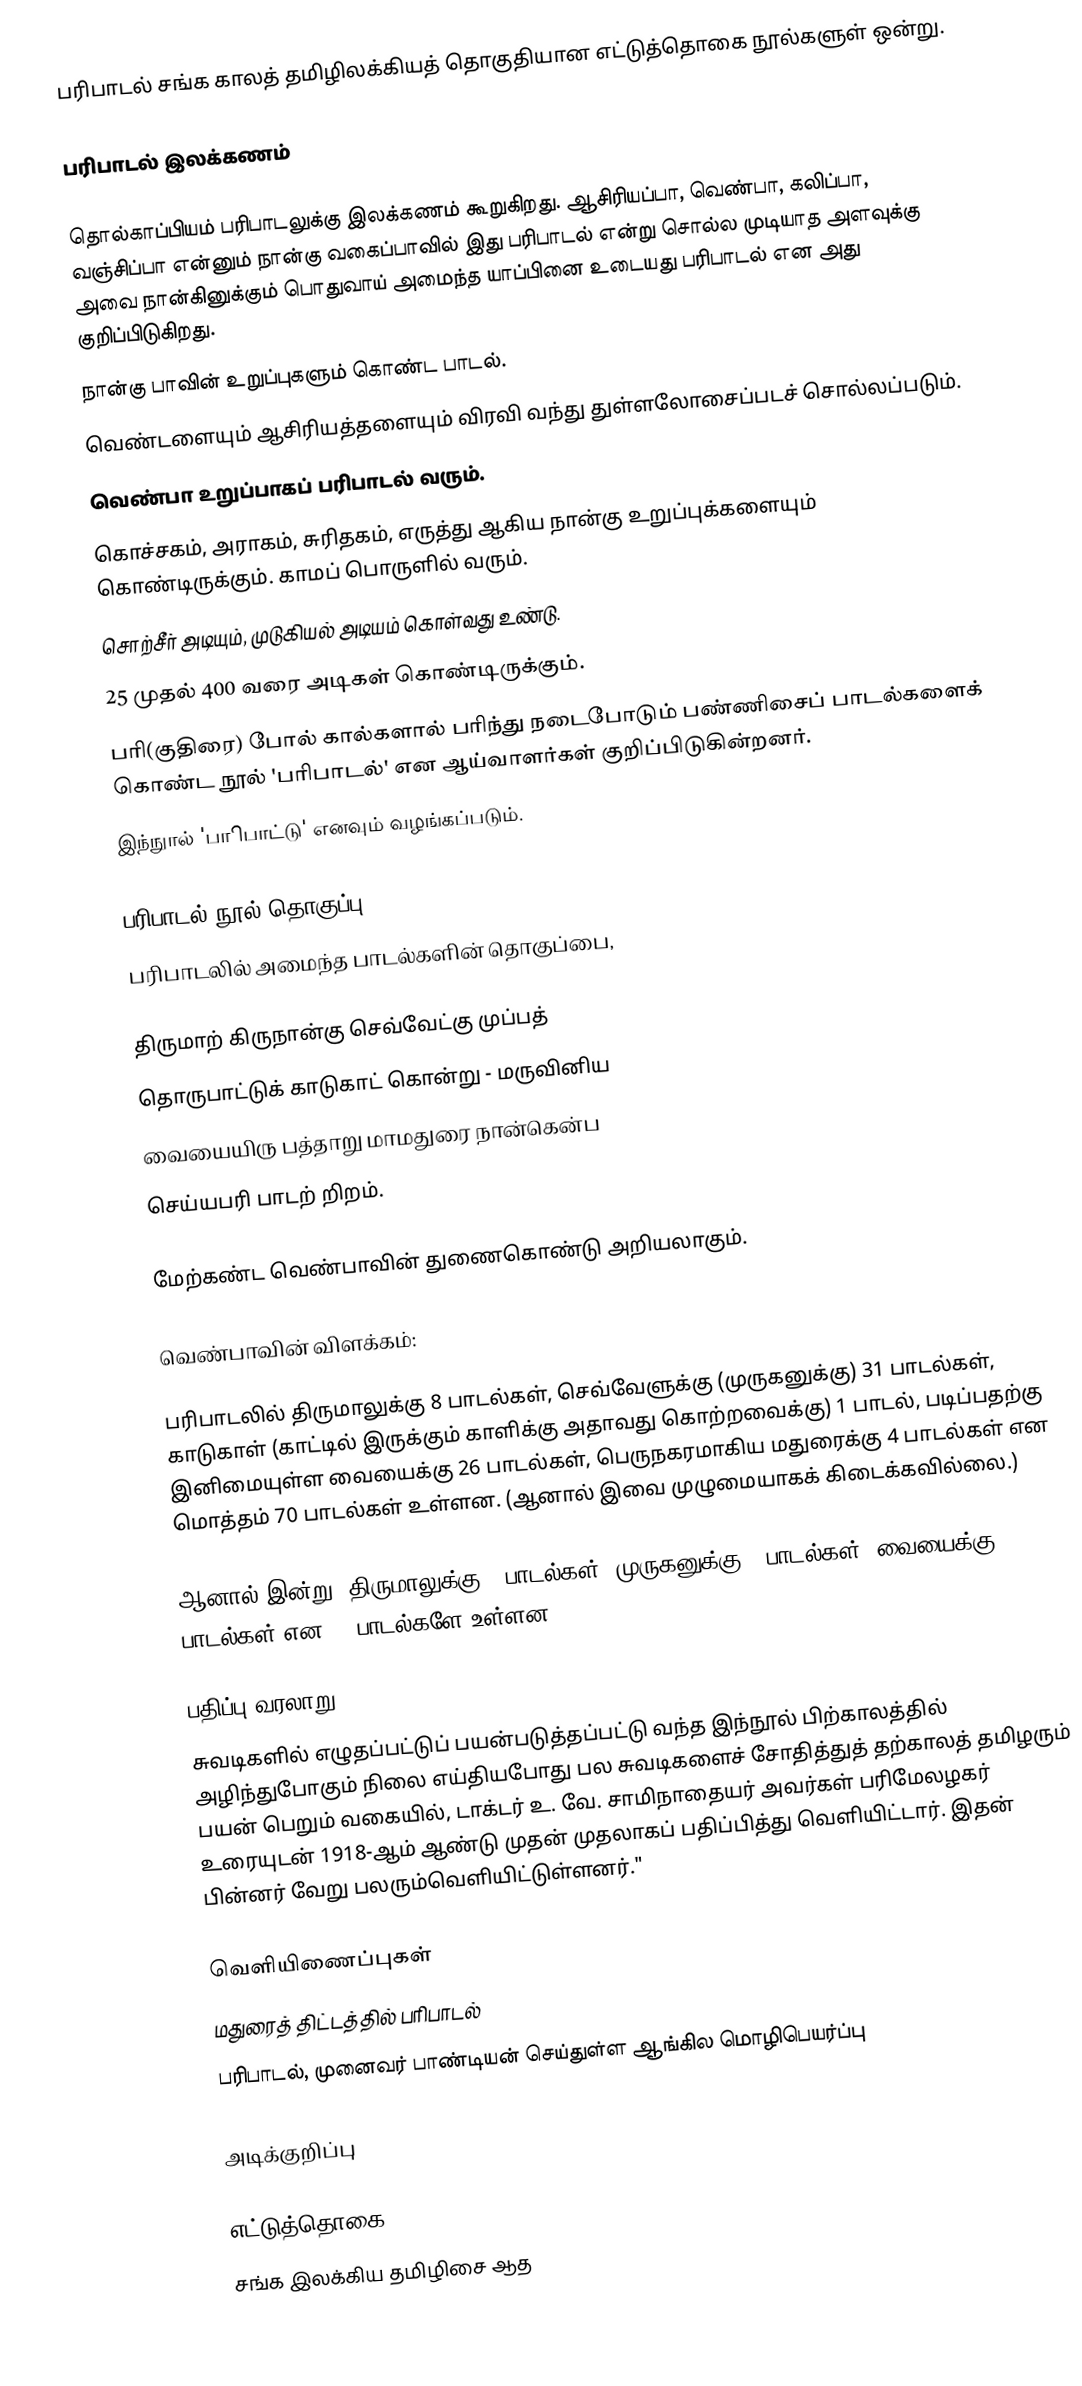
பரிபாடல் சங்க காலத் தமிழிலக்கியத் தொகுதியான எட்டுத்தொகை நூல்களுள் ஒன்று.

பரிபாடல் இலக்கணம்

தொல்காப்பியம் பரிபாடலுக்கு இலக்கணம் கூறுகிறது. ஆசிரியப்பா, வெண்பா, கலிப்பா, வஞ்சிப்பா என்னும் நான்கு வகைப்பாவில் இது பரிபாடல் என்று சொல்ல முடியாத அளவுக்கு அவை நான்கினுக்கும் பொதுவாய் அமைந்த யாப்பினை உடையது பரிபாடல் என அது குறிப்பிடுகிறது.
 நான்கு பாவின் உறுப்புகளும் கொண்ட பாடல்.
 வெண்டளையும் ஆசிரியத்தளையும் விரவி வந்து துள்ளலோசைப்படச் சொல்லப்படும்.
 வெண்பா உறுப்பாகப் பரிபாடல் வரும்.
 கொச்சகம், அராகம், சுரிதகம், எருத்து ஆகிய நான்கு உறுப்புக்களையும் கொண்டிருக்கும். காமப் பொருளில் வரும்.
 சொற்சீர் அடியும், முடுகியல் அடியம் கொள்வது உண்டு.
 25 முதல் 400 வரை அடிகள் கொண்டிருக்கும்.
 பரி(குதிரை) போல் கால்களால் பரிந்து நடைபோடும் பண்ணிசைப் பாடல்களைக் கொண்ட நூல் 'பரிபாடல்' என ஆய்வாளர்கள் குறிப்பிடுகின்றனர்.
 இந்நுால் 'பாிபாட்டு' எனவும் வழங்கப்படும்.

பரிபாடல் நூல் தொகுப்பு
பரிபாடலில் அமைந்த பாடல்களின் தொகுப்பை,

திருமாற் கிருநான்கு செவ்வேட்கு முப்பத்
தொருபாட்டுக் காடுகாட் கொன்று - மருவினிய
வையையிரு பத்தாறு மாமதுரை நான்கென்ப
செய்யபரி பாடற் றிறம்.

மேற்கண்ட வெண்பாவின் துணைகொண்டு அறியலாகும்.

வெண்பாவின் விளக்கம்:

பரிபாடலில் திருமாலுக்கு 8 பாடல்கள், செவ்வேளுக்கு (முருகனுக்கு) 31 பாடல்கள், காடுகாள் (காட்டில் இருக்கும் காளிக்கு அதாவது கொற்றவைக்கு) 1 பாடல், படிப்பதற்கு இனிமையுள்ள வையைக்கு 26 பாடல்கள், பெருநகரமாகிய மதுரைக்கு 4 பாடல்கள் என மொத்தம் 70 பாடல்கள் உள்ளன. (ஆனால் இவை முழுமையாகக் கிடைக்கவில்லை.)

ஆனால் இன்று, திருமாலுக்கு 6 பாடல்கள், முருகனுக்கு 8 பாடல்கள், வையைக்கு 8 பாடல்கள் என 22 பாடல்களே உள்ளன.

பதிப்பு வரலாறு
சுவடிகளில் எழுதப்பட்டுப் பயன்படுத்தப்பட்டு வந்த இந்நூல் பிற்காலத்தில் அழிந்துபோகும் நிலை எய்தியபோது பல சுவடிகளைச் சோதித்துத் தற்காலத் தமிழரும் பயன் பெறும் வகையில், டாக்டர் உ. வே. சாமிநாதையர் அவர்கள் பரிமேலழகர் உரையுடன் 1918-ஆம் ஆண்டு முதன் முதலாகப் பதிப்பித்து வெளியிட்டார். இதன் பின்னர் வேறு பலரும்வெளியிட்டுள்ளனர்."

வெளியிணைப்புகள்
 மதுரைத் திட்டத்தில் பரிபாடல்
 பரிபாடல், முனைவர் பாண்டியன் செய்துள்ள ஆங்கில மொழிபெயர்ப்பு

அடிக்குறிப்பு

எட்டுத்தொகை
சங்க இலக்கிய தமிழிசை ஆத